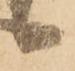
候